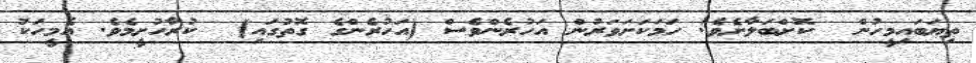
ތިޔަބައިމީހުން  ކޮށްބަލާށެވެ! ހަމަކަށަވަރުން އަހުރެންވެސް (އަހުރެންގެ ގޮތުގައި)  ކުރާހުށީމެވެ. އެމީހަކު